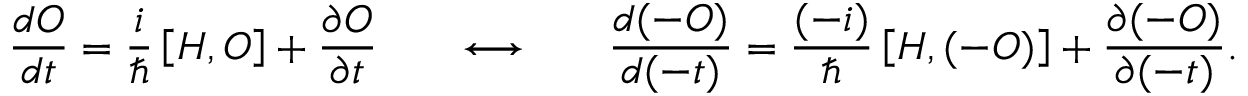
\frac { d { \cal O } } { d t } = \frac { i } { \hbar } \left[ { \cal H } , { \cal O } \right] + \frac { \partial { \cal O } } { \partial t } \ \ \ \ \ \longleftrightarrow \ \ \ \ \ \frac { d ( - { \cal O } ) } { d ( - t ) } = \frac { ( - i ) } { \hbar } \left[ { \cal H } , ( - { \cal O } ) \right] + \frac { \partial ( - { \cal O } ) } { \partial ( - t ) } .